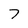
Character: 7